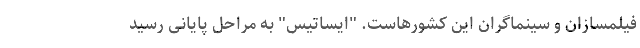
فیلمسازان و سینماگران این کشورهاست. "ایساتیس" به مراحل پایانی رسید